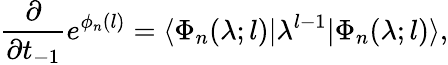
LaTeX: \frac{\partial}{\partial t_{-1}}e^{\phi_{n}(l)}=\langle\Phi_{n}(\lambda;l)|\lambda^{l-1}|\Phi_{n}(\lambda;l)\rangle,